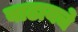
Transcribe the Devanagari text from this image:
वाढायचे